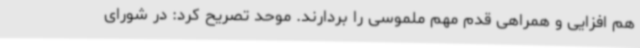
هم افزایی و همراهی قدم مهم ملموسی را بردارند. موحد تصریح کرد: در شورای